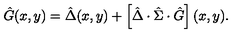
\hat { G } ( x , y ) = \hat { \Delta } ( x , y ) + \left[ \hat { \Delta } \cdot \hat { \Sigma } \cdot \hat { G } \right] ( x , y ) .